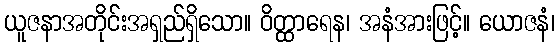
ယူဇနာအတိုင်းအရှည်ရှိသော။ ဝိတ္ထာရေန၊ အနံအားဖြင့်။ ယောဇနံ၊